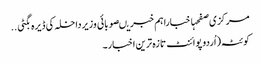
مرکزی صفحہاخباراہم خبریںصوبائی وزیرداخلہ کی ڈیرہ بگٹی ..
کوئٹہ(اُردو پوائنٹ تازہ ترین اخبار۔